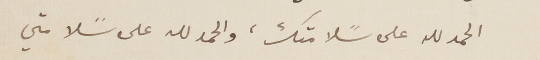
الحمد لله على سًلامتك، والحمد لله على سًلامتي